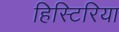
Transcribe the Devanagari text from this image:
हिस्टिरिया